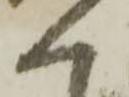
く